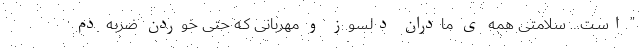
” اسـت… سلامتی همه ی مادران دلسوز و مهربانی کـه حتی خوردن ضربه دم